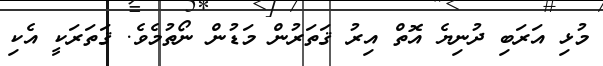
މުޅި އަރަބި ދުނިޔެ އޮތް އިރު ޤަތަރުން މަޑުން ނޯތުމެވެ. ޤަތަރަކީ އެކި